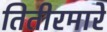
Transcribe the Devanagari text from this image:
तितीरमारे